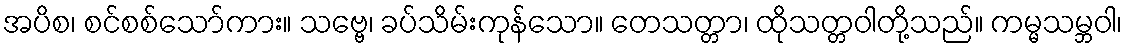
အပိစ၊ စင်စစ်သော်ကား။ သဗ္ဗေ၊ ခပ်သိမ်းကုန်သော။ တေသတ္တာ၊ ထိုသတ္တဝါတို့သည်။ ကမ္မသမ္ဘဝါ၊